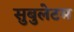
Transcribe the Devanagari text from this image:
सुबुलेटम